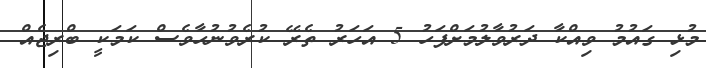
މުޅި ގައުމު ވިއްކާ ދަރުވާލުމަށްފަހު 5 އަހަރު ތެރޭ ކުރެވުނުހާވެސް ކަމަކީ ބްރިޖެއް